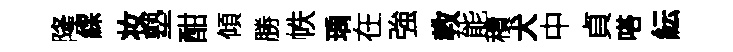
隆綵妆塾酣傾勝帙瑀在強教能積犬中貞嗒紜